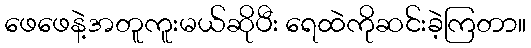
ဖေဖေနဲ့အတူကူးမယ်ဆိုပီး ရေထဲကိုဆင်းခဲ့ကြတာ။